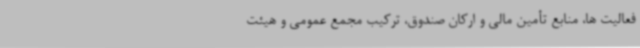
فعالیت ها، منابع تأمین مالی و ارکان صندوق، ترکیب مجمع عمومی و هیئت